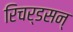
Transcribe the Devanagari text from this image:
रिचर्डसन्